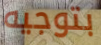
بتوجيه